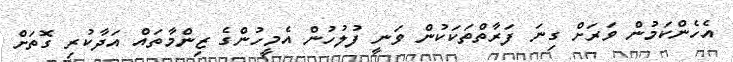
އެހެންކަމުން ވަރަށް ގިނަ ފަރާތްތަކަކުން ވަނީ ފުލުހުން އެމީހުންގެ ޒިންމާތައް އަދާކުރި ގޮތަށް